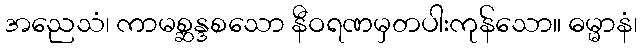
အညေသံ၊ ကာမစ္ဆန္ဒစသော နီဝရဏမှတပါးကုန်သော။ ဓမ္မာနံ၊